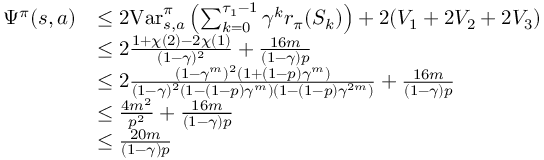
\begin{array} { r l } { \Psi ^ { \pi } ( s , a ) } & { \leq 2 \mathrm { V a r } _ { s , a } ^ { \pi } \left( \sum _ { k = 0 } ^ { \tau _ { 1 } - 1 } \gamma ^ { k } r _ { \pi } ( S _ { k } ) \right) + 2 ( V _ { 1 } + 2 V _ { 2 } + 2 V _ { 3 } ) } \\ & { \leq 2 \frac { 1 + \chi ( 2 ) - 2 \chi ( 1 ) } { ( 1 - \gamma ) ^ { 2 } } + \frac { 1 6 m } { ( 1 - \gamma ) p } } \\ & { \leq 2 \frac { ( 1 - \gamma ^ { m } ) ^ { 2 } ( 1 + ( 1 - p ) \gamma ^ { m } ) } { ( 1 - \gamma ) ^ { 2 } ( 1 - ( 1 - p ) \gamma ^ { m } ) ( 1 - ( 1 - p ) \gamma ^ { 2 m } ) } + \frac { 1 6 m } { ( 1 - \gamma ) p } } \\ & { \leq \frac { 4 m ^ { 2 } } { p ^ { 2 } } + \frac { 1 6 m } { ( 1 - \gamma ) p } } \\ & { \leq \frac { 2 0 m } { ( 1 - \gamma ) p } } \end{array}